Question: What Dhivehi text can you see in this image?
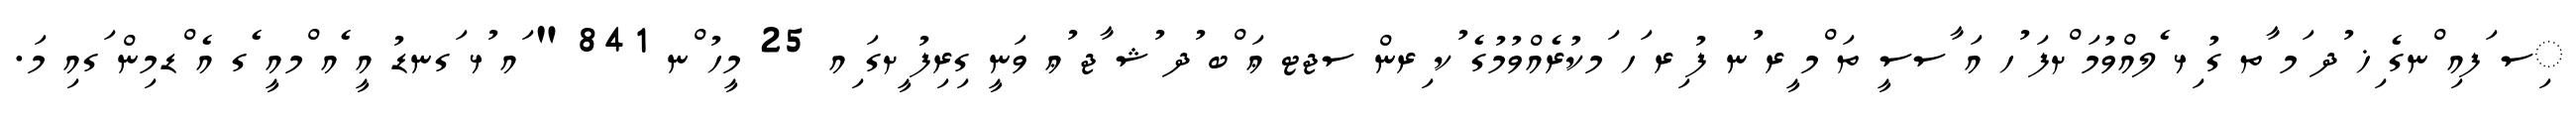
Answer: ިސ ަފއި ްނގެ ިޚ ުދ ަމ ާތ ގު ިޅ ެލއްވުމަ ްށފަ ުހ އަ ާސސީ ތަ ްމ ީރ ުނ ފު ިރ ަހ ަމކުރެއްވުމުގެ ުކ ިރން ސޖޓ ޢަ ްބ ުދ ުޝ ާޖ ުޢ ވަނީ ގިރިފު ީށގަ ިއ 25 މީހު ްނ 841 " ައ ުޅ ަގނޑު އީ ެއ ްމއީ ެގ އެ ްޑމިން ަގއި މަ.